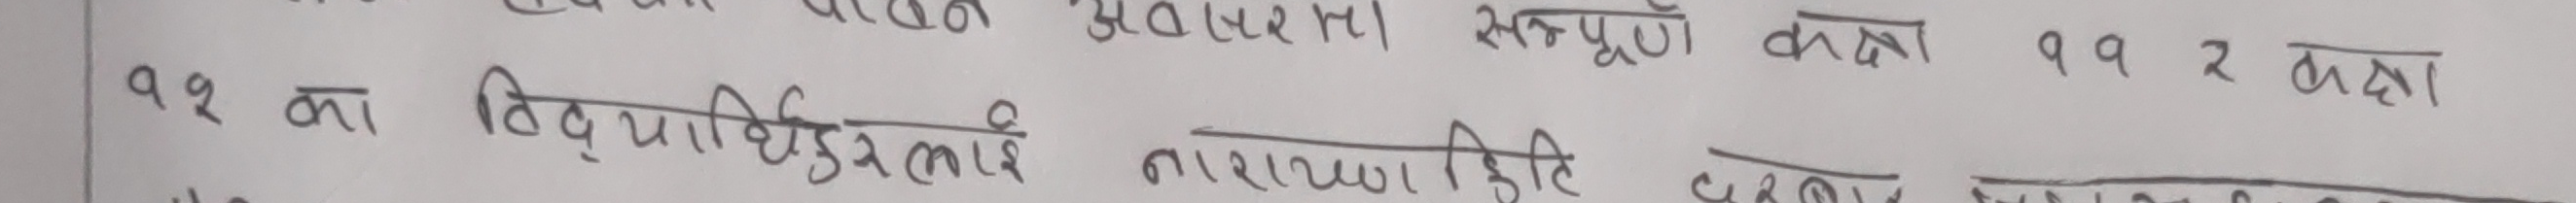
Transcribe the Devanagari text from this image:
११ मा विद्यार्थीहरूलाई नारायणी संपूर्ण कक्षा ११ र कक्षा
नारायणी सम्पूर्ण कक्षा ११ र १२ कक्षा